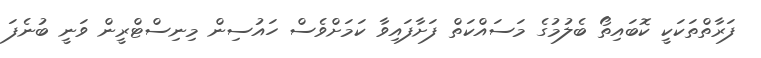
ފަރާތްތަކަކީ ކޮބައިތޯ ބެލުމުގެ މަސައްކަތް ފަށާފައިވާ ކަމަށްވެސް ހައުސިން މިނިސްޓްރީން ވަނީ ބުނެފަ